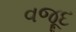
વજૂદ